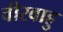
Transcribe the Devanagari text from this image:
वीरवाहु